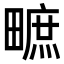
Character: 𤳌